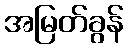
အမြတ်ခွန်